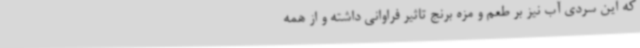
که این سردی آب نیز بر طعم و مزه برنج تاثیر فراوانی داشته و از همه